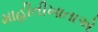
માહીતીખાતાએ